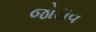
જોડાવ